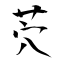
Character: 茓